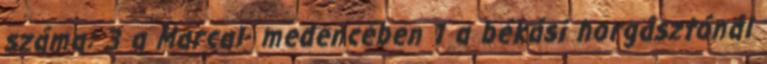
száma: 3 a Marcal- medencében 1 a békási horgásztónál